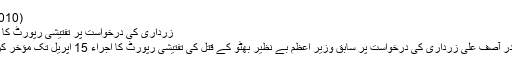
(16.04.2010)
زرداری کی درخواست پر تفتیشی رپورٹ کا اجراء مؤخر
پاکستانی صدر آصف علی زرداری کی درخواست پر سابق وزیر اعظم بے نظیر بھٹو کے قتل کی تفتیشی رپورٹ کا اجراء 15 اپریل تک مؤخر کردیا گیا ہے۔